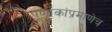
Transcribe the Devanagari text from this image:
पूर्णांकांप्रमाणेच